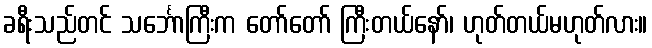
ခရီးသည်တင် သင်္ဘောကြီးက တော်တော် ကြီးတယ်နော်၊ ဟုတ်တယ်မဟုတ်လား။